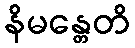
နိမန္တေတိ